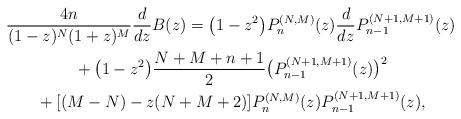
LaTeX: \begin{gather*} \frac{4n}{(1-z) ^{N}(1+z) ^{M}}\frac{d}{dz}B ( z ) = \big( 1-z^{2}\big) P_{n}^{(N,M) }(z) \frac{d}{dz}P_{n-1}^{(N+1,M+1) }(z) \\ {}+\big( 1-z^{2}\big) \frac{N+M+n+1}{2}\big( P_{n-1}^{( N+1,M+1) }(z) \big) ^{2} \\ {}+ [ (M-N)-z ( N+M+2 ) ] P_{n}^{(N,M) }(z) P_{n-1}^{(N+1,M+1) }(z) ,\end{gather*}